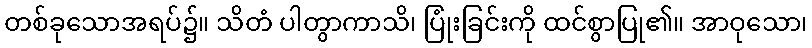
တစ်ခုသောအရပ်၌။ သိတံ ပါတွာကာသိ၊ ပြုံးခြင်းကို ထင်စွာပြု၏။ အာဝုသော၊